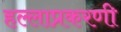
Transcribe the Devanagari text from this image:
हल्लाप्रकरणी